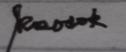
Signature authenticity: genuine